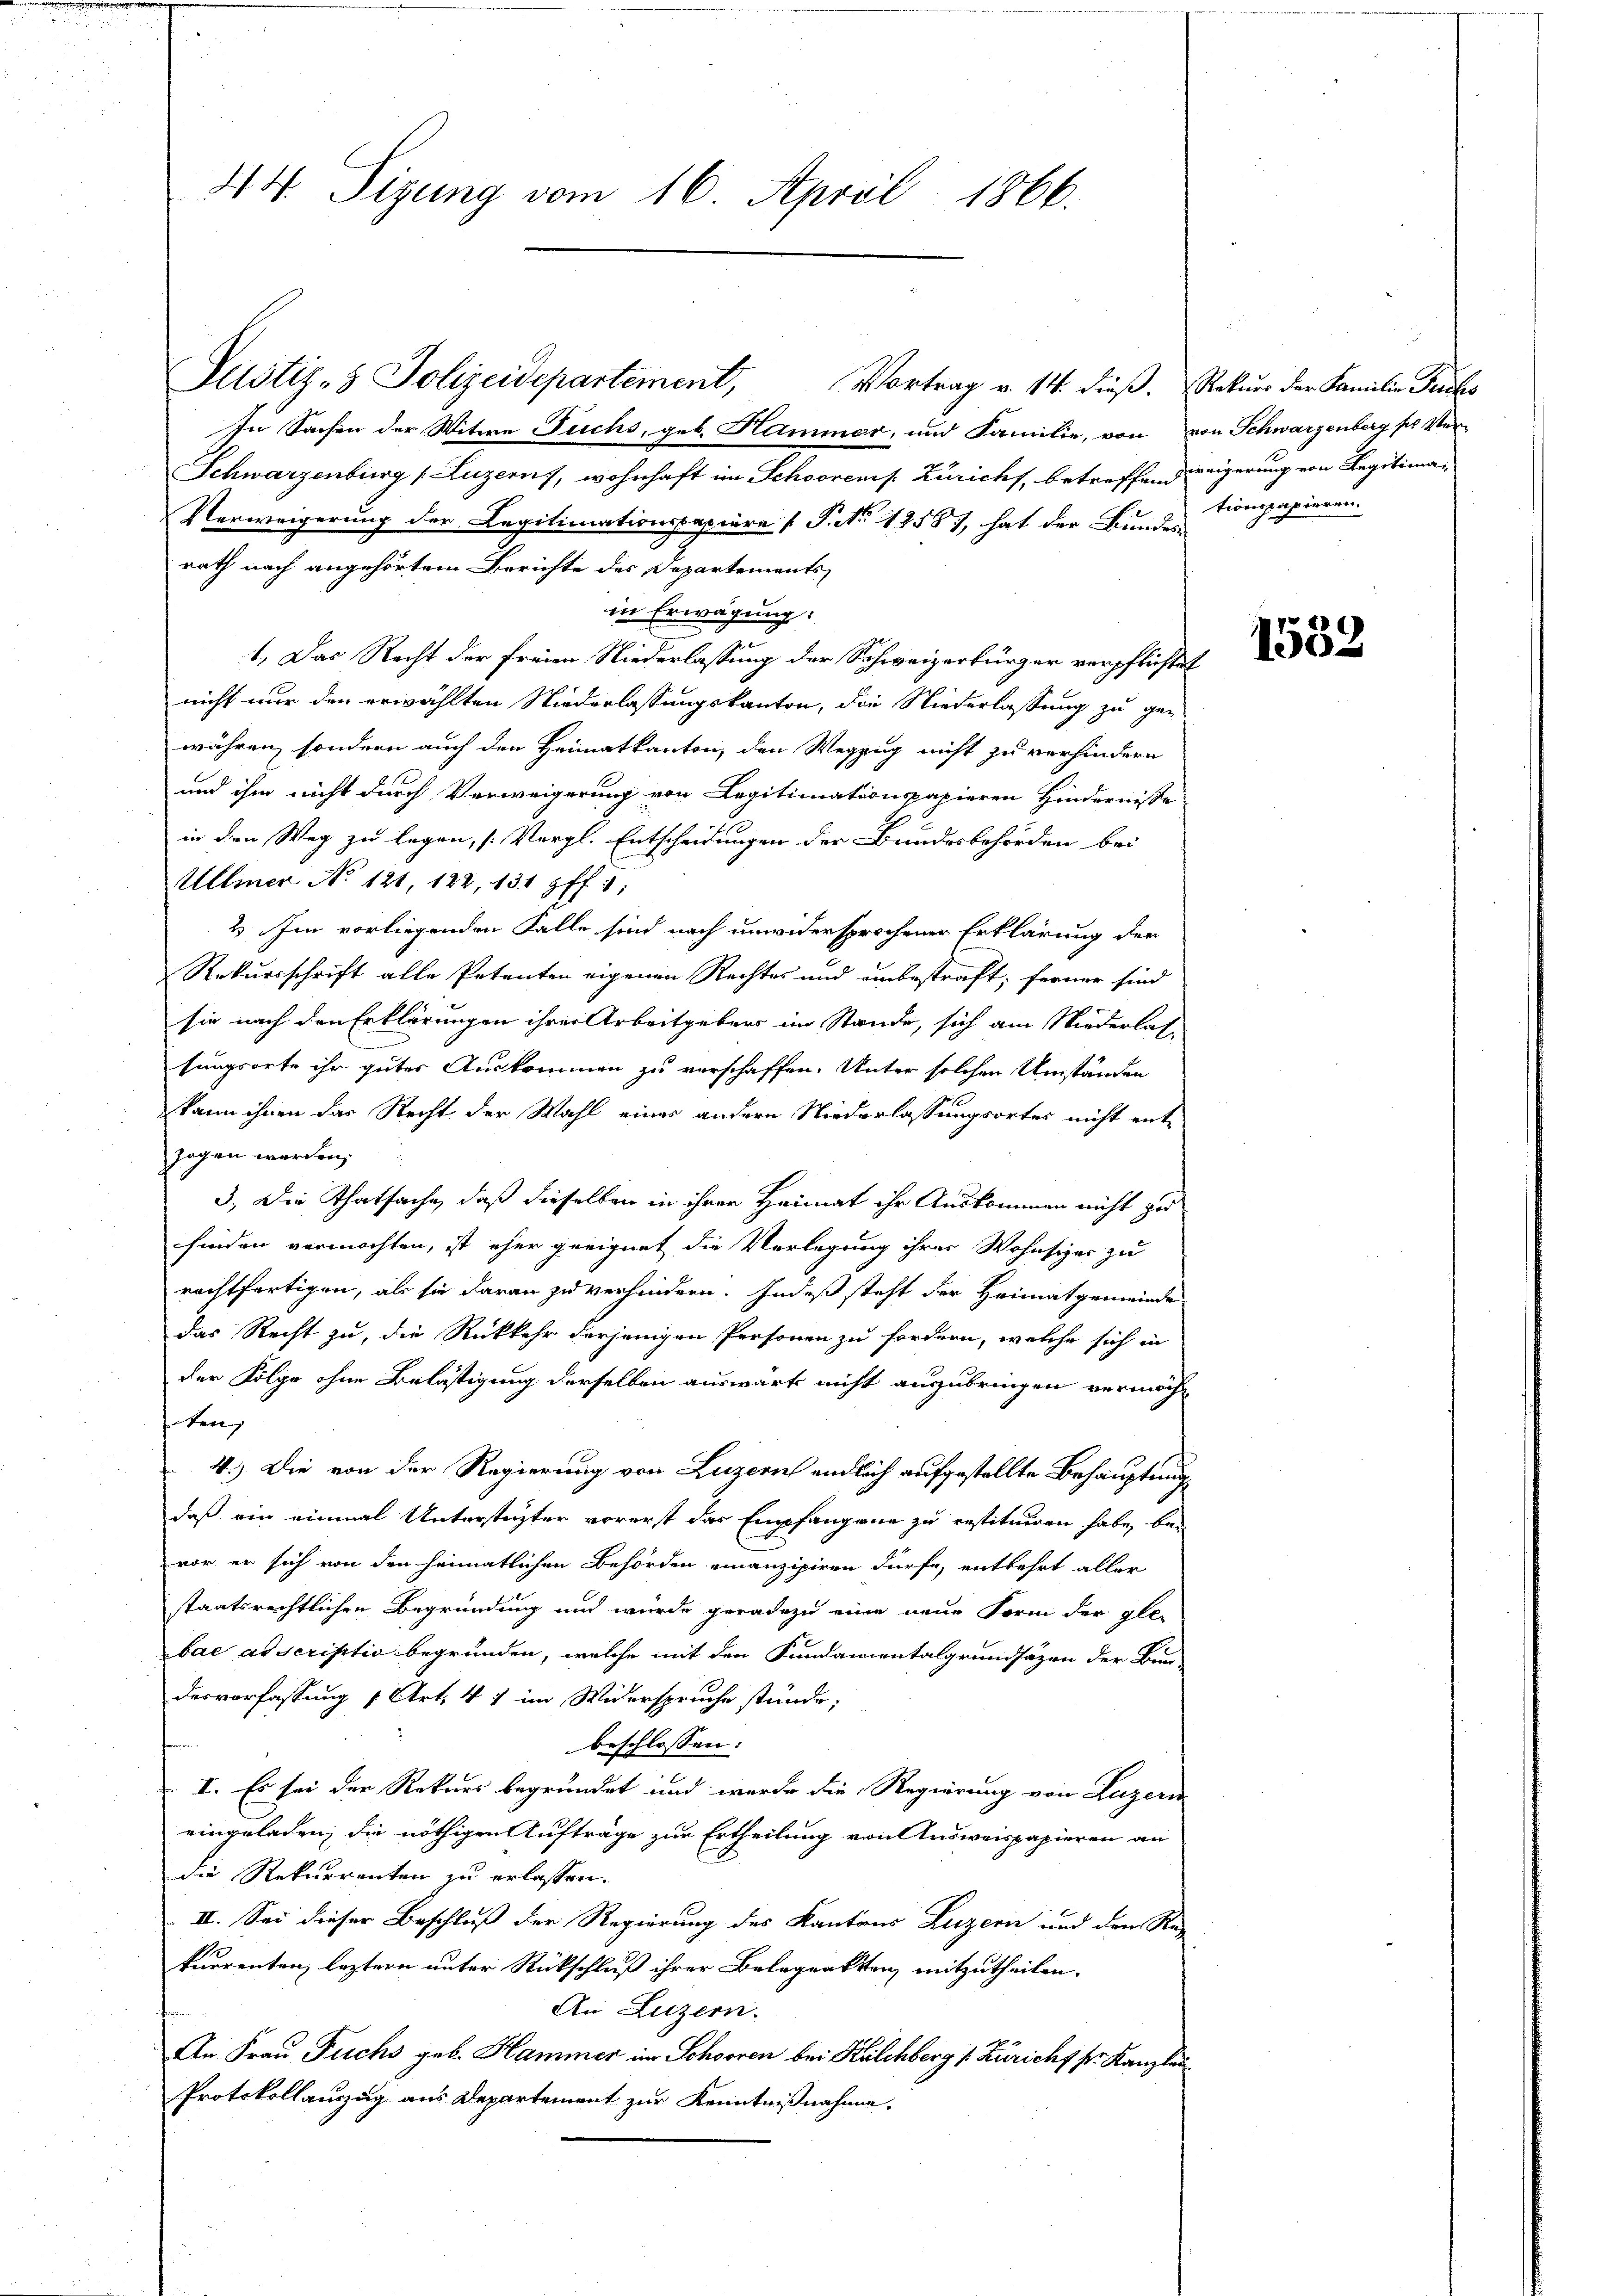
44. Sizung vom 16. April 1866.

In Sachen der Witwe Fuchs, geb. Hammer, und Familie, von von Schwarzenberg pr Ver¬
Schwarzenburg (Luzern, wohnhaft im Schoorens Zürichs, betreffend weigerung von Legitima¬
Verweigerung der Legitimationspapiere (T. No 12587, hat der Bunde Compapieren.
rath nach angehörtem Berichte des Departements
in Erwägung:
1.) Das Recht der freien Niederlassung der Schweizerbürger verpflichtet
nicht nur den erwählten Niederlassungskanton, die Niederlassung zu ge-
währen, sondern auch den Heimatkanton, den Wegzug nicht zu verhindern
und ihm nicht durch Verweigerung von Legitimationspapieren Hindernisse
in den Weg zu legen, [Vergl. Entscheidungen der Bundesbehörden bei
Ulliner No 121, 122, 131 ff. 1:
2. Im vorliegenden Falle sind nach unwidersprochener Erklärung der
Rekursschrift alle Petenten eigenen Rechtes und unbestraft; ferner sind
sie nach den Erklärungen ihrer Arbeitgebers im Stande, sich am Niederlassungsorte ihr guter Auskommen zu verschaffen. Unter solchen Umständen
kann ihnen das Recht der Wahl eines andern Niederlassungsortes nicht ent-
zogen werden,
3. Die Thatsache, daß dieselben in ihrer Heimat ihr Auskommen nicht zu
finden vermöchten, ist eher geeignet die Verlegung ihrer Wohnsizer zu
rechtfertigen, als sie daran zu verhindern. Indeß steht der Heimatgemeinde
das Recht zu, die Rückkehr derjenigen Personen zu fordern, welche sich in
der Folge ohne Belästigung derselben auswärts nicht auszubringen vermöcht
ten,
4.) Die von der Regierung von Luzern endlich aufgestellte Behauptung
daß ein einmal Unterstüzter vorerst das Empfangene zu restituiren habe, bei
vor er sich von den heimatlichen Behörden einanzipiren dürfe, entbehrt aller
staatsrechtlichen Begründung und wurde geradezu eine neue Form der gle-
bae ad scriptio begründen, welche mit den Fundamentalgrundsätzen der Bur-
desverfassung 1 Art. 41 im Widerspruche stünde,
beschlossen:
I. Es sei der Rekurs begründet und werde die Regierung von Luzern
eingeladen, die nöthigen Aufträge zur Ertheilung von Ausweispapieren an
die Rekurrenten zu erlassen.
II. Sei dieser Beschluß der Regierung des Kantons Luzern und den Re
kurrenten leztern unter Rückschluß ihrer Belegrakten mitzutheilen.
An Luzern.
An Frau Fuchs geb. Hammer im Schooren bei Kilchberg (Züricht pr. Kanzlei
Protokollauszug aus Departement zur Kenntnißnahme.

Justiz- & Polizeidepartement,

Vortrag v. 14. dieß. Rekurs der Familie Puches

1532